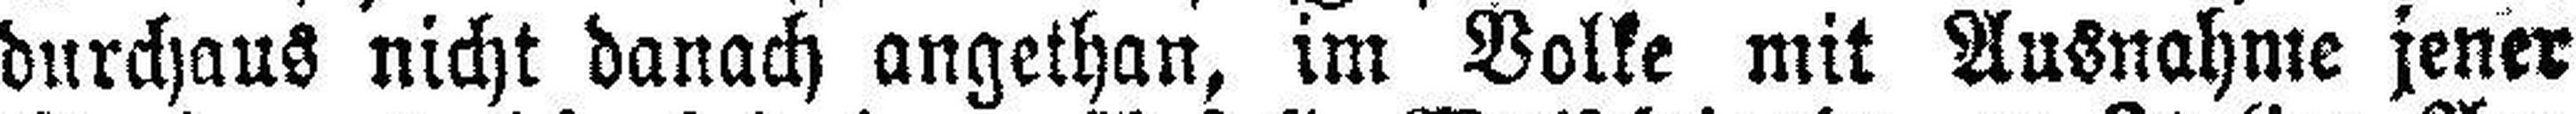
durchaus nicht danach angethan, im Volke mit Ausnahme jener